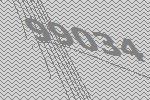
99034